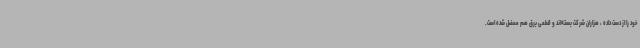
خود را از دست داده ، هزاران شرکت بسته‌اند و قطعی برق هم معضل شده است.